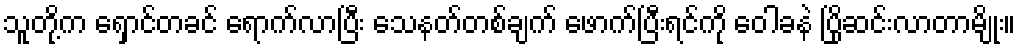
သူတို့က ရှောင်တခင် ရောက်လာပြီး သေနတ်တစ်ချက် ဖောက်ပြီးရင်ကို ဝေါခနဲ ပြိုဆင်းလာတာမျိုး။